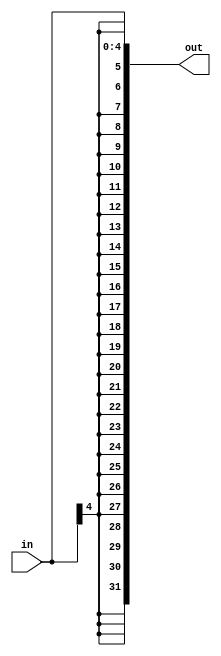
module SignExtend(in, out);

    parameter IN_WIDTH = 5;
    parameter OUT_WIDTH = 32;
    // parameter DIFF = OUT_WIDTH - IN_WIDTH;
    
    input [IN_WIDTH-1:0] in;
    output [OUT_WIDTH-1:0] out;
    
    assign out = $signed(in);


endmodule


module SE_TB();
  reg [4:0]a;
  wire [31:0]b;
  
  SignExtend se(a, b);
  
  initial begin
    a = 5'b00111;
    #100;
    a = 6'b10000;
    #100;
    $stop;
  end
  
endmodule